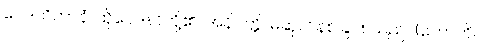
ဝေဒယိတာနံ၊ ထိုဝေဒနာတို့၏။ အနိဝတ္တိ၊ မဆုတ်နစ်ခြင်း သည်။ (ဟောတိ၊